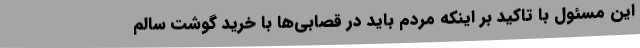
این مسئول با تاکید بر اینکه مردم باید در قصابی‌ها با خرید گوشت سالم